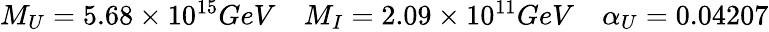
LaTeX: \begin{array}{ccc}{{M_{U}=5.68\times 10^{15}GeV}}&{{M_{I}=2.09\times 10^{11}GeV}}&{{\alpha_{U}=0.04207}}\end{array}